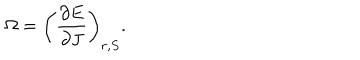
\Omega = \left( \frac { \partial E } { \partial J } \right) _ { r , S } .